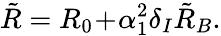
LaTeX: \tilde{R}=R_{0}\! +\! \alpha_{1}^{2}\delta_{I}\tilde{R}_{B}.